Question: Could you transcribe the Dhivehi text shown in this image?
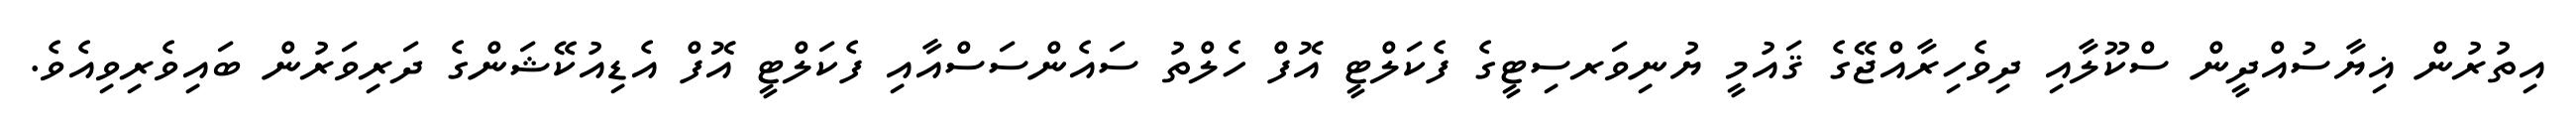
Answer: އިތުރުން ޣިޔާސުއްދީން ސްކޫލާއި ދިވެހިރާއްޖޭގެ ޤައުމީ ޔުނިވަރސިޓީގެ ފެކަލްޓީ އޮފް ހެލްތު ސައެންސަސްއާއި ފެކަލްޓީ އޮފް އެޑިއުކޭޝަންގެ ދަރިވަރުން ބައިވެރިވިއެވެ.